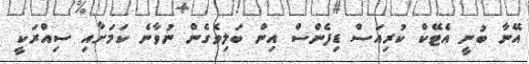
އޭނާ ބުނީ އެޓޭކް ކުރިއަސް ޑިފެންސް އިން ބަލިވެގެން ނުވާނެ ކަމަށާއި ސިއްރަކީ